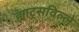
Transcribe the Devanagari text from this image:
ह्याट्सविल्ले